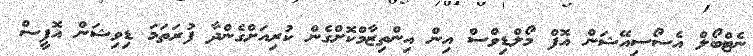
ނެޓްބޯލް އެސޯސިއޭޝަން އޮފް މޯލްޑިވްސް އިން އިންތިޒާމްކޮށްގެން ކުރިއަށްގެންދާ ފުރަތަމަ ޑިވިޝަން އޮފީސް